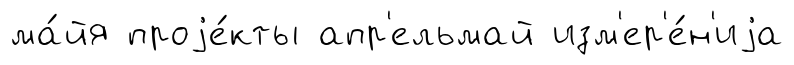
ма́йя проjе́кты апр'ельмай изм'ер'е́н'иjа